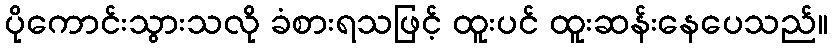
ပိုကောင်းသွားသလို ခံစားရသဖြင့် ထူးပင် ထူးဆန်းနေပေသည်။